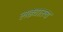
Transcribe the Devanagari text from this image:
लढ्यातच